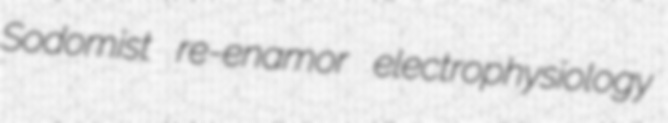
Sodomist re-enamor electrophysiology